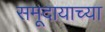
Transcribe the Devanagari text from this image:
समूदायाच्या